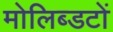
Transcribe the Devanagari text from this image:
मोलिब्डटों